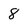
Character: 8